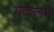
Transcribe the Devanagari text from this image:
मैकेलम